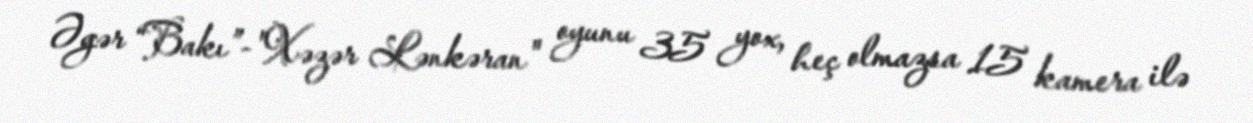
Əgər “Bakı”-"Xəzər Lənkəran" oyunu 35 yox, heç olmazsa 15 kamera ilə